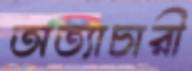
অত্যাচারী